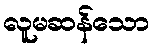
လူမဆန်သော